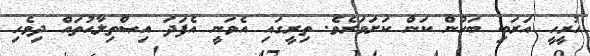
ހުރީހީ އަރަބި ބަހުން ކަން ކަށަވަރެވެ. ތިރީގައި އެވަނީ އެފަދަ އިޞްތިލާޙުތައް ދިވެހި